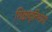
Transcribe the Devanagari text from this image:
शिक्षावृतिभोगी